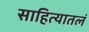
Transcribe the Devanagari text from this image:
साहित्यातलं